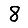
Digit: 8